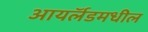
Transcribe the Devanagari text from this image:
आयर्लॅडमधील